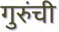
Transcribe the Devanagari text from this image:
गुरुंची